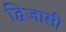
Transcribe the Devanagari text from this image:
द्विजासी